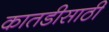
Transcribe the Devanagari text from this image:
कातडीसाठी